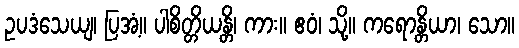
ဥပဒံသေယျ၊ ပြအံ့။ ပါစိတ္တိယန္တိ၊ ကား။ ဧဝံ၊ သို့။ ကရောန္တိယာ၊ သော။